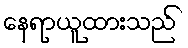
နေရာယူထားသည်